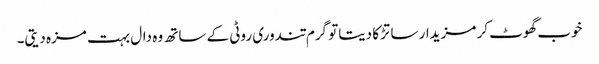
خوب گھوٹ کر مزیدار سا تڑکا دیتاتو گرم تندوری روٹی کے ساتھ وہ دال بہت مزہ دیتی۔